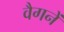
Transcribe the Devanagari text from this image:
वैगनें